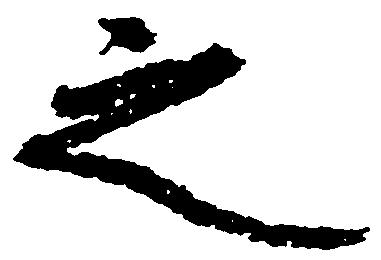
之